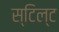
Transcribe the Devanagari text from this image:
स्टिल्ट